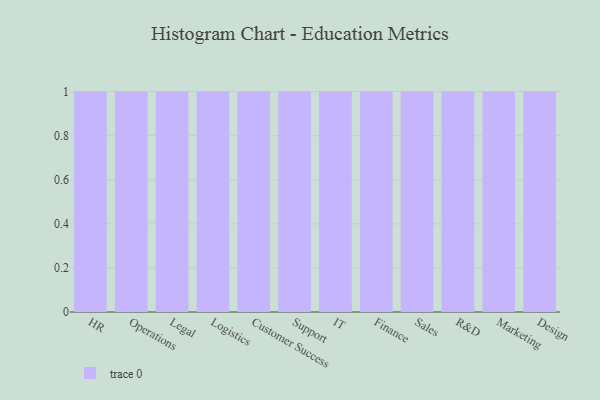
{"axis": {"x": "Department", "y": "Backlog"}, "legend": [""], "data": [{"x": "HR", "y": 64, "type": ""}, {"x": "Operations", "y": 21, "type": ""}, {"x": "Legal", "y": 93, "type": ""}, {"x": "Logistics", "y": 78, "type": ""}, {"x": "Customer Success", "y": 49, "type": ""}, {"x": "Support", "y": 15, "type": ""}, {"x": "IT", "y": 70, "type": ""}, {"x": "Finance", "y": 88, "type": ""}, {"x": "Sales", "y": 29, "type": ""}, {"x": "R&D", "y": 32, "type": ""}, {"x": "Marketing", "y": 99, "type": ""}, {"x": "Design", "y": 32, "type": ""}]}